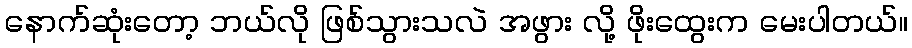
နောက်ဆုံးတော့ ဘယ်လို ဖြစ်သွားသလဲ အဖွား လို့ ဖိုးထွေးက မေးပါတယ်။